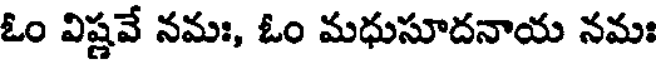
ఓం విష్ణవే నమః, ఓం మధుసూదనాయ నమః